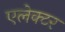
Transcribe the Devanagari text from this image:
एलेक्टर